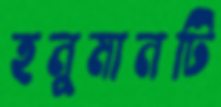
হনুমানটি